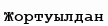
Жортуылдан